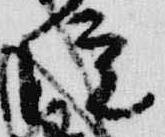
院